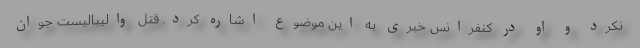
نکرد و او در کنفرانس خبری به این موضوع اشاره کرد. قتل والیبالیست جوان